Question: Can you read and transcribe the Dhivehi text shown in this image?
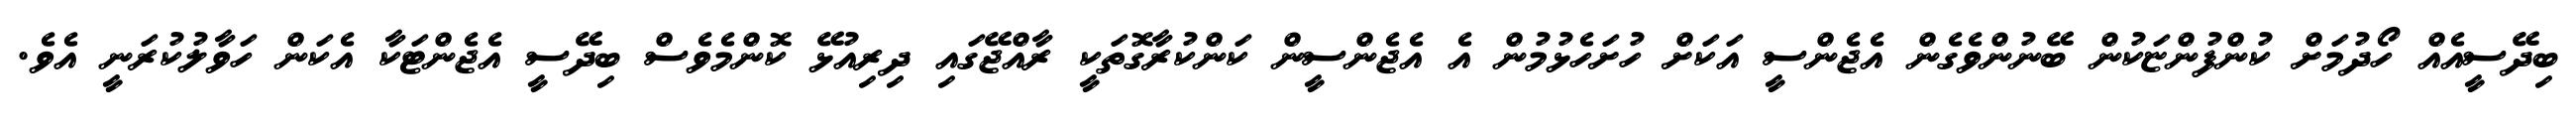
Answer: ބިދޭސީއެއް ހޯދުމަށް ކުންފުންޏަކުން ބޭނުންވެގެން އެޖެންސީ އަކަށް ހުށަހެޅުމުން އެ އެޖެންސީން ކަންކުރާގޮތަކީ ރާއްޖޭގައި ދިރިއުޅޭ ކޮންމެވެސް ބިދޭސީ އެޖެންޓަކާ އެކަން ހަވާލުކުރަނީ އެވެ.